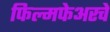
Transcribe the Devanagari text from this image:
फिल्मफेअरचे